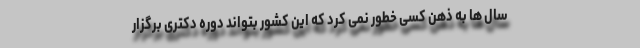
سال ها به ذهن کسی خطور نمی کرد که این کشور بتواند دوره دکتری برگزار